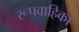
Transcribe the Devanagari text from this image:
रूपवाहिका